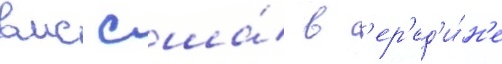
вмс сша́ в с'ер'ед'и́н'е